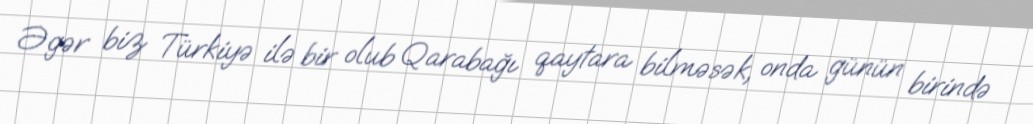
Əgər biz Türkiyə ilə bir olub Qarabağı qaytara bilməsək, onda günün birində